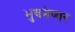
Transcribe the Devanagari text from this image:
भुवनेष्वर